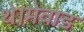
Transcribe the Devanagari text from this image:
थे।मेवाड